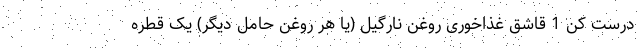
درست کن 1 قاشق غذاخوری روغن نارگیل (یا هر روغن حامل دیگر) یک قطره